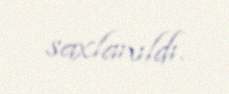
saxlanıldı.